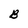
Character: B